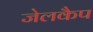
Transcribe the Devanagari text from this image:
जेलकैप